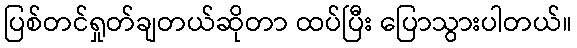
ပြစ်တင်ရှုတ်ချတယ်ဆိုတာ ထပ်ပြီး ပြောသွားပါတယ်။